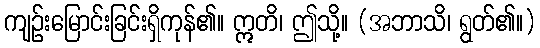
ကျဉ်းမြောင်းခြင်းရှိကုန်၏။ ဣတိ၊ ဤသို့။ (အဘာသိ၊ ရွတ်၏။)